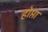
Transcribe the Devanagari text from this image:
होप्ता